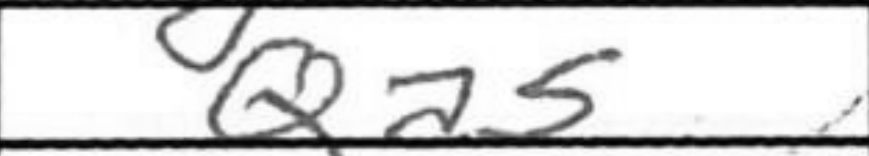
Transcription: Qa5